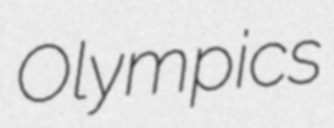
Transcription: Olympics